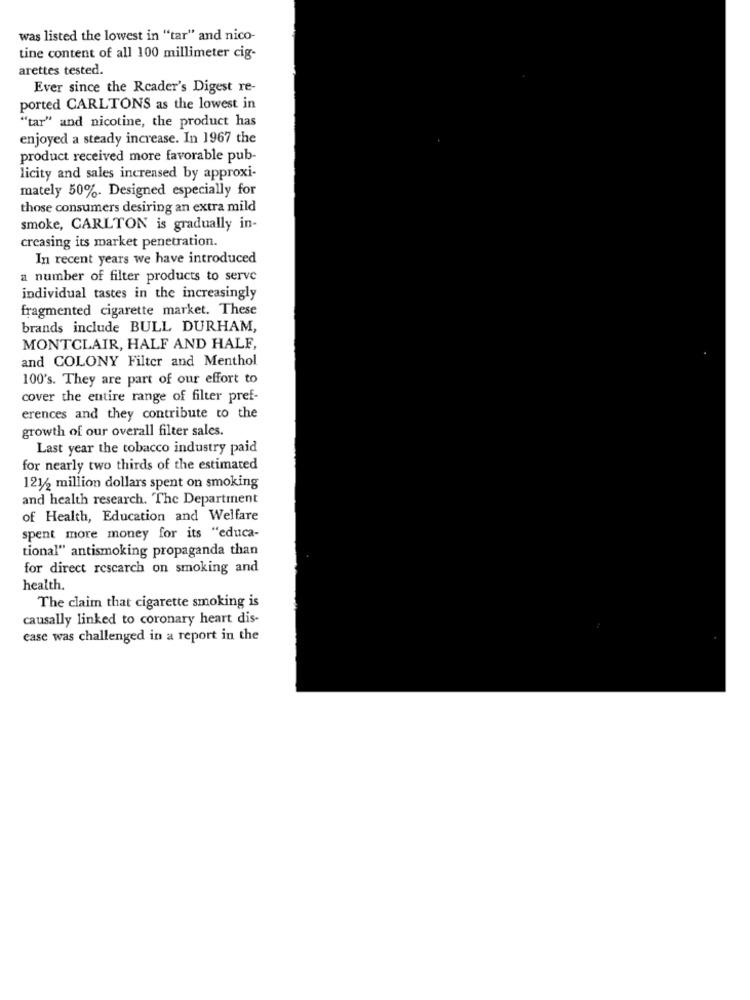
was listed the lowest in "tar" and nico-
tine content of all 100 millimeter cig-
arettes tested.
Ever since the Reader's Digest re-
ported CARLTONS as the lowest in
"tar" and nicotine, the product has
enjoyed a steady increase. In 1967 the
product received more favorable pub-
licity and sales increased by approxi-
mately 50%. Designed especially for
those consumers desiring an extra mild
smoke, CARLTON is gradually in-
creasing its market penetration.
In recent years we have introduced
a number of filter products to serve
individual tastes in the increasingly
fragmented cigarette market. These
brands include BULL DURHAM,
MONTCLAIR, HALF AND HALF,
and COLONY Filter and Menthol
100's. They are part of our effort to
cover the entire range of filter pref-
erences and they contribute to the
growth of our overall filter sales.
Last year the tobacco industry paid
for nearly two thirds of the estimated
121/2 million dollars spent on smoking
and health research. "The Department
of Health, Education and Welfare
spent more money for its "educa-
tional" antismoking propaganda than
for direct rescarch on smoking and
health.
The claim that cigarette smoking is
causally linked to coronary heart dis-
ease was challenged in a report in the